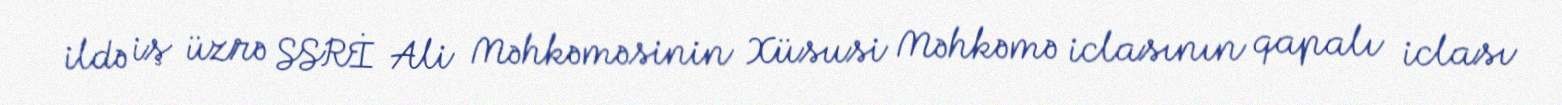
ildə iş üzrə SSRİ Ali Məhkəməsinin Xüsusi Məhkəmə iclasının qapalı iclası